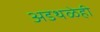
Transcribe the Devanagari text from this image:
अडथळेही